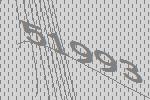
51993